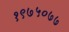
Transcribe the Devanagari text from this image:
१९७५०७७